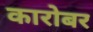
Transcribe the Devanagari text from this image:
कारोबर